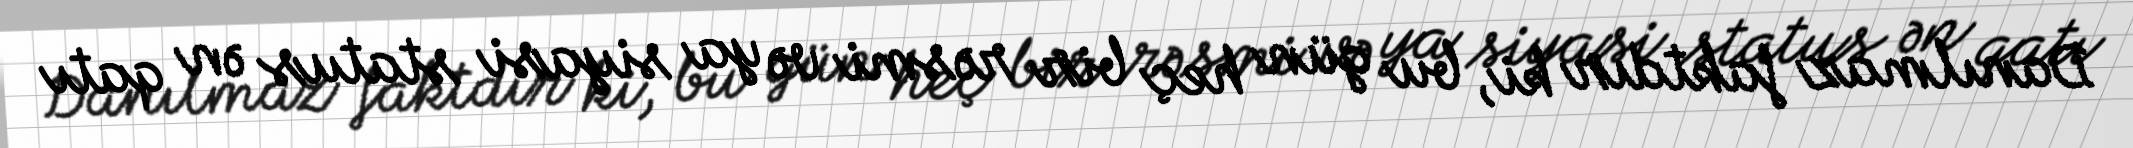
Danılmaz faktdır ki, bu gün heç bir rəsmi və ya siyasi status ən qatı